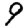
Digit: 9